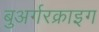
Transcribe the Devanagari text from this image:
बुअर्गरक्राइग